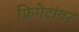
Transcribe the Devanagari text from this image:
फ्रिगेटांवर